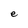
Character: e